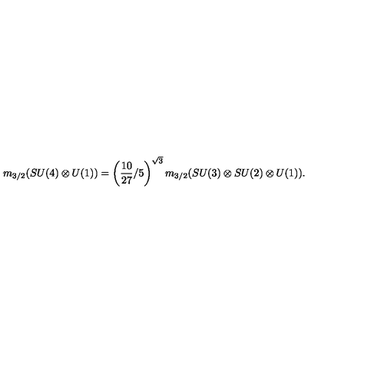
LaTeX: m _ { 3 / 2 } ( S U ( 4 ) \otimes U ( 1 ) ) = \left( \frac { 1 0 } { 2 7 } / 5 \right) ^ { \sqrt 3 } m _ { 3 / 2 } ( S U ( 3 ) \otimes S U ( 2 ) \otimes U ( 1 ) ) .